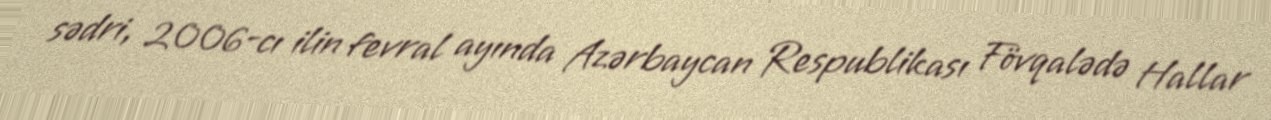
sədri, 2006-cı ilin fevral ayında Azərbaycan Respublikası Fövqalədə Hallar